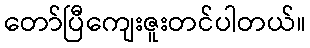
တော်ပြီကျေးဇူးတင်ပါတယ်။